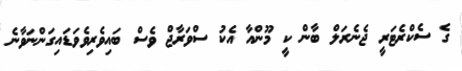
ގެ ސެކްރެޓަރީ ޖެނެރަލް ބާން ކީ މޫންއާ އެކު ސްވަރާޖް ވެސް ބައިވެރިވެވަޑައިގަންނަވާނެ